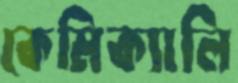
কেমিক্যালি